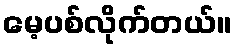
မေ့ပစ်လိုက်တယ်။